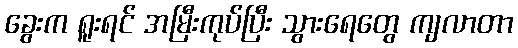
ခွေးက ရူးရင် အမြီးကုပ်ပြီး သွားရေတွေ ကျလာတာ